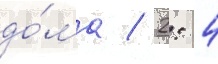
до́ма / 2: 4